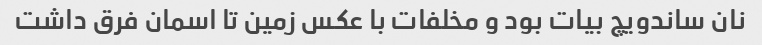
نان ساندویچ بیات بود و مخلفات با عکس زمین تا اسمان فرق داشت